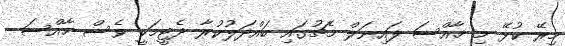
މިރޭ ކުޅޭ މި ޚާއްސަ ފައިނަލް މެޗުގައި ބައްދަލުކުރާ ދެޓީމަކީ ވެސް ޚާއްސަ